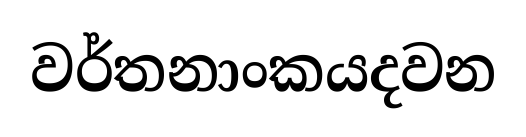
වර්තනාංකයදවන